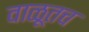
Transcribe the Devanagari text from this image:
वाळूतच